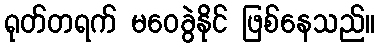
ရုတ်တရက် မဝေခွဲနိုင် ဖြစ်နေသည်။